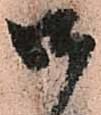
御